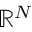
\mathbb { R } ^ { N }